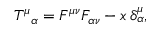
T ^ { \mu } { } _ { \alpha } = F ^ { \mu \nu } F _ { \alpha \nu } - x \, \delta _ { \alpha } ^ { \mu } ,